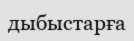
дыбыстарға